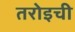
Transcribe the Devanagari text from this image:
तरोइची